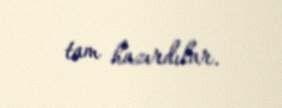
tam hazırdılar.